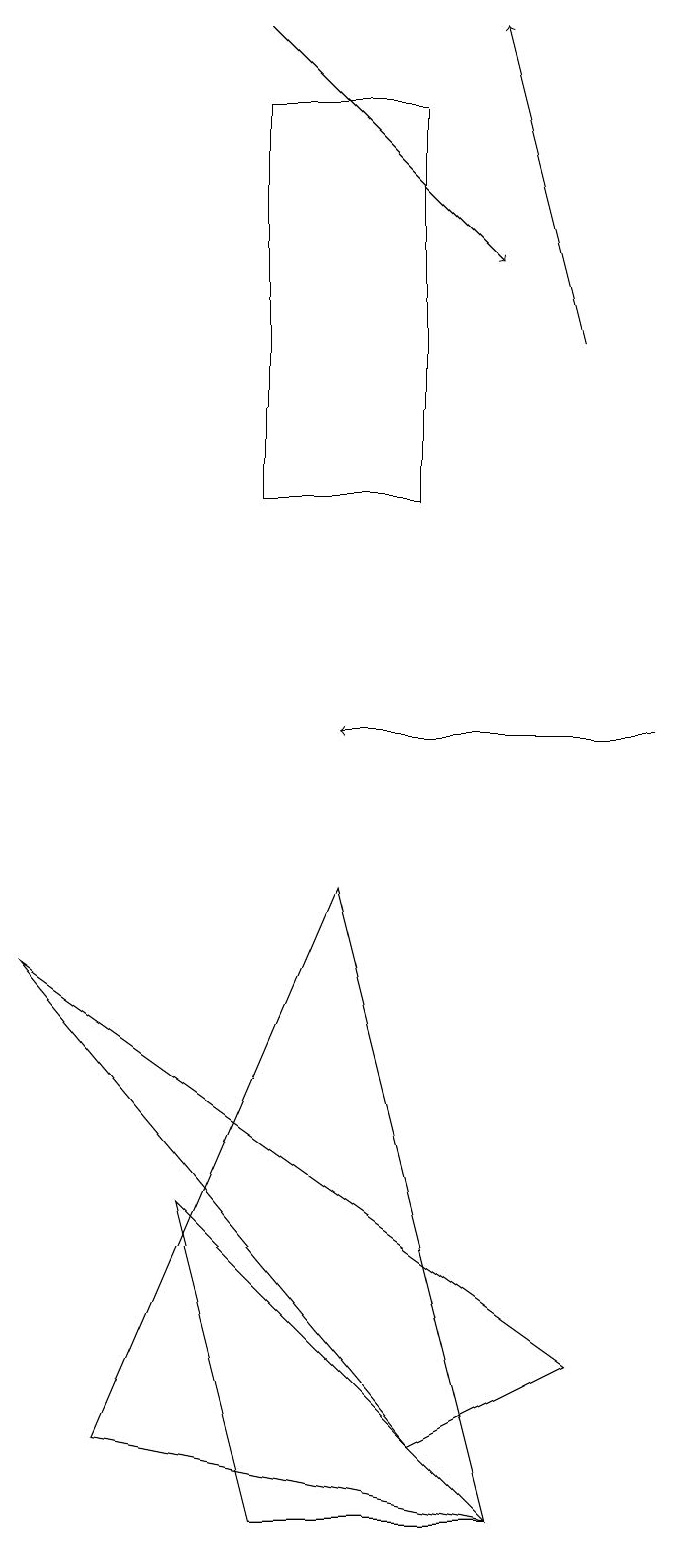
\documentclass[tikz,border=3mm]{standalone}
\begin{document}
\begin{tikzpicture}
\draw (7,0) -- (2,1) -- (5,8) -- cycle;
\draw (6,1) -- (8,2) -- (1,7) -- cycle;
\draw[->] (9,10) -- (5,10);
\draw[->] (8,15) -- (7,19);
\draw (6,18) rectangle (4,13);
\draw (3,4) -- (4,0) -- (7,0) -- cycle;
\draw[->] (4,19) -- (7,16);
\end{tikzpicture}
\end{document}